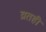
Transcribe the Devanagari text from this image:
व्रतही